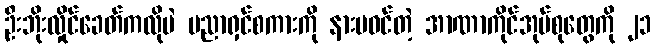
ဦးဘိုးလှိုင်ခေတ်ကလိုပဲ ပညာရှင်စကားကို နားမဝင်တဲ့ အာဏာကိုင်အုပ်စုတွေကို ၂၁